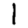
Digit: 1